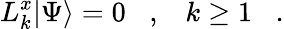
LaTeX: L_{k}^{x}|\Psi\rangle=0\; \; \; ,\; \; \; k\geq 1\; \; \; .